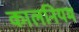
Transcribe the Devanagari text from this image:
कालनियम